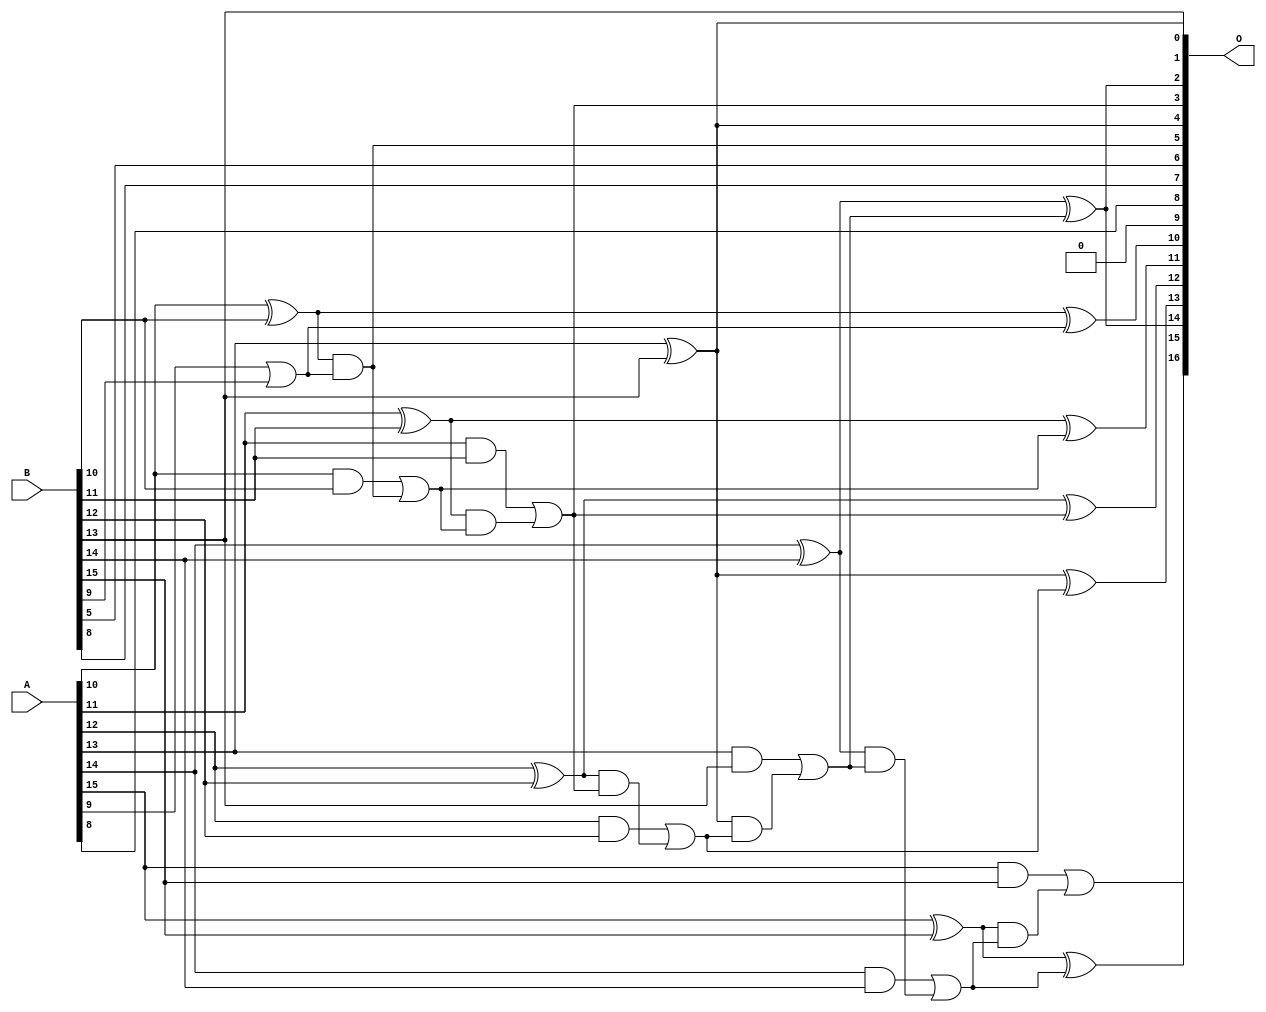
/***
* This code is a part of EvoApproxLib library (ehw.fit.vutbr.cz/approxlib) distributed under The MIT License.
* When used, please cite the following article(s): PRABAKARAN B. S., MRAZEK V., VASICEK Z., SEKANINA L., SHAFIQUE M. ApproxFPGAs: Embracing ASIC-based Approximate Arithmetic Components for FPGA-Based Systems. DAC 2020. 
***/
// MAE% = 0.20 %
// MAE = 261 
// WCE% = 0.46 %
// WCE = 607 
// WCRE% = 100.00 %
// EP% = 99.95 %
// MRE% = 0.55 %
// MSE = 83236 
// FPGA_POWER = 0.37
// FPGA_DELAY = 7.4
// FPGA_LUT = 8.0


module add16u_02Y(A, B, O);
  input [15:0] A, B;
  output [16:0] O;
  wire sig_75, sig_78, sig_79, sig_80, sig_83, sig_84;
  wire sig_85, sig_86, sig_89, sig_90, sig_91, sig_93;
  wire sig_95, sig_96, sig_98, sig_99, sig_100, sig_101;
  wire sig_103, sig_104, sig_105, sig_106;
  assign O[9] = 1'b0;
  assign sig_75 = A[9] | B[9];
  assign sig_78 = sig_75;
  assign sig_79 = A[10] ^ B[10];
  assign sig_80 = A[10] & B[10];
  assign O[5] = sig_79 & sig_78;
  assign O[10] = sig_79 ^ sig_78;
  assign sig_83 = sig_80 | O[5];
  assign sig_84 = A[11] ^ B[11];
  assign sig_85 = A[11] & B[11];
  assign sig_86 = sig_84 & sig_83;
  assign O[11] = sig_84 ^ sig_83;
  assign O[3] = sig_85 | sig_86;
  assign sig_89 = A[12] ^ B[12];
  assign sig_90 = A[12] & B[12];
  assign sig_91 = sig_89 & O[3];
  assign O[12] = sig_89 ^ O[3];
  assign sig_93 = sig_90 | sig_91;
  assign O[0] = A[13] ^ B[13];
  assign sig_95 = A[13] & B[13];
  assign sig_96 = O[0] & sig_93;
  assign O[13] = O[0] ^ sig_93;
  assign sig_98 = sig_95 | sig_96;
  assign sig_99 = A[14] ^ B[14];
  assign sig_100 = A[14] & B[14];
  assign sig_101 = sig_99 & sig_98;
  assign O[2] = sig_99 ^ sig_98;
  assign sig_103 = sig_100 | sig_101;
  assign sig_104 = A[15] ^ B[15];
  assign sig_105 = A[15] & B[15];
  assign sig_106 = sig_104 & sig_103;
  assign O[15] = sig_104 ^ sig_103;
  assign O[16] = sig_105 | sig_106;
  assign O[1] = B[13];
  assign O[4] = O[0];
  assign O[6] = B[5];
  assign O[7] = B[8];
  assign O[8] = A[8];
  assign O[14] = O[2];
endmodule